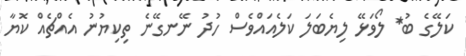
ކަލޭގެ ބު* ލޯވަޅޭ ލިޔެބަލަ ކަލެއައްވެސް ހުދު ނޭނގޭނެ ތިކިޔުނު އެއްޗެއް ކޮޔާ